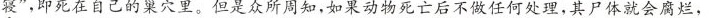
寝”，即死在自己的巢穴里。但是众所周知，如果动物死亡后不做任何处理，其尸体就会腐烂，